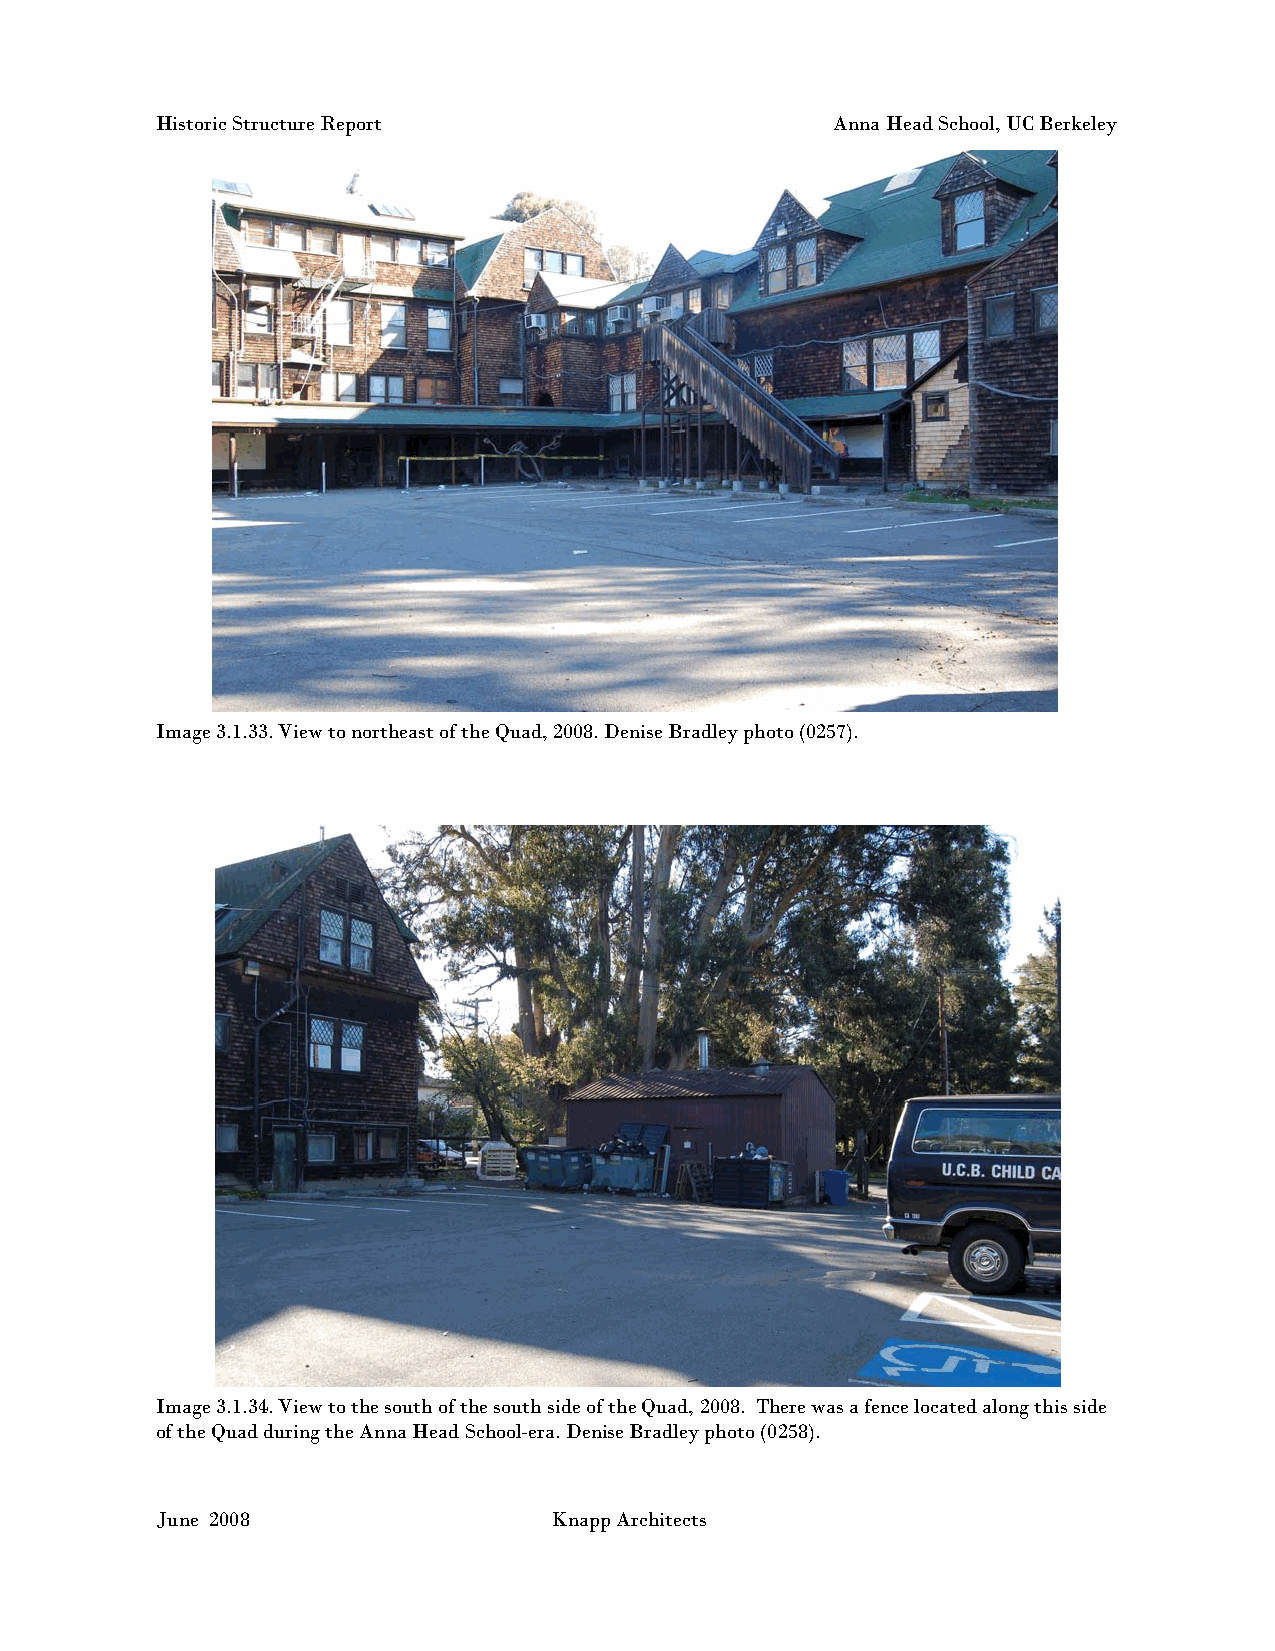
Historic Structure Report                    Anna Head School, UC Berkeley
 Image 3.1.33. View to northeast of the Quad, 2008. Denise Bradley photo (0257).
 Image 3.1.34. View to the south of the south side of the Quad, 2008. There was a fence located along this side
 of the Quad during the Anna Head School-era. Denise Bradley photo (0258).
 June 2008                 Knapp Architects